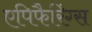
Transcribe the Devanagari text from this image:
एपिफैरिंग्स